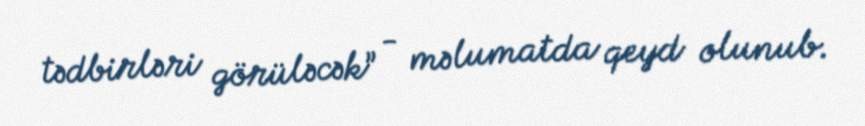
tədbirləri görüləcək” - məlumatda qeyd olunub.